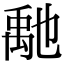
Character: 𥝀